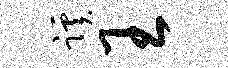
蹊王